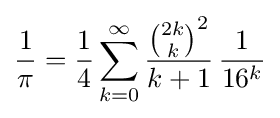
{\frac {1}{\pi }}={\frac {1}{4}}\sum _{k=0}^{\infty }{\frac {{\binom {2k}{k}}^{2}}{k+1}}\,{\frac {1}{16^{k}}}